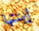
إبنتها